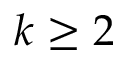
k \geq 2